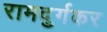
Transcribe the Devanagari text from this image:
रामदुर्गकर